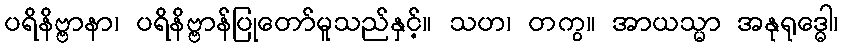
ပရိနိဗ္ဗာနာ၊ ပရိနိဗ္ဗာန်ပြုတော်မူသည်နှင့်။ သဟ၊ တကွ။ အာယသ္မာ အနုရုဒ္ဓေါ၊